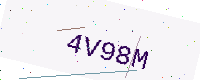
Text: 4V98M